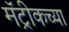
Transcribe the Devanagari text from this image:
मॅट्रीकच्या